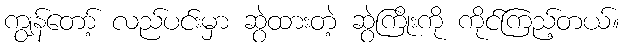
ကျွန်တော့် လည်ပင်းမှာ ဆွဲထားတဲ့ ဆွဲကြိုးကို ကိုင်ကြည့်တယ်။